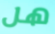
هل